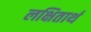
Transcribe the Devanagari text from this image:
लक्षितार्थ